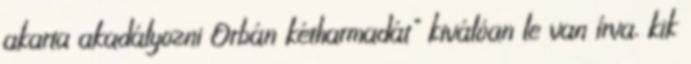
akarta akadályozni Orbán kétharmadát" kiválóan le van írva, kik